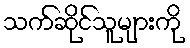
သက်ဆိုင်သူများကို